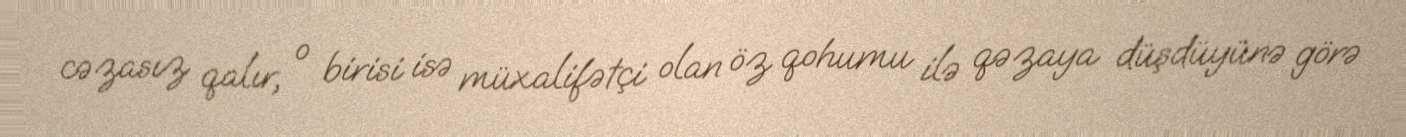
cəzasız qalır, o birisi isə müxalifətçi olan öz qohumu ilə qəzaya düşdüyünə görə